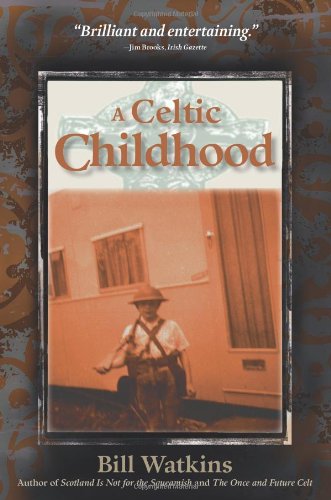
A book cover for A Celtic Childhood; Bill Watkins; Biographies & Memoirs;